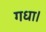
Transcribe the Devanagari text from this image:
गधा।